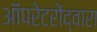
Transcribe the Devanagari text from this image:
ऑपरेटरोंद्वारा